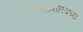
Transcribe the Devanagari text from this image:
वनस्पतिशास्त्रच्या